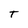
Character: T